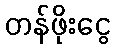
တန်ဖိုးငွေ